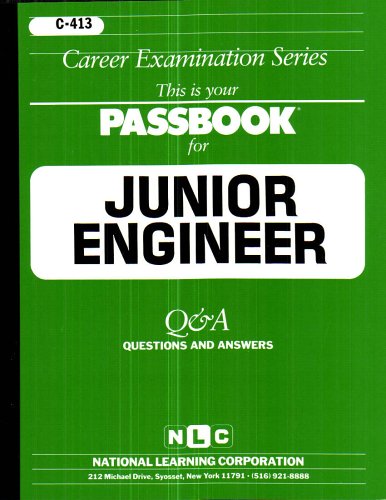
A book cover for Junior Engineer(Passbooks) (Passbook for Career Opportunities); Jack Rudman; Test Preparation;